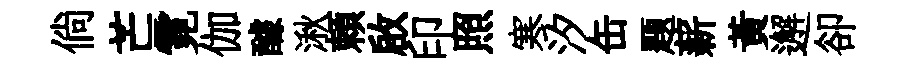
倘芒霓伽醵湫頼啟印照寒汐缶题薪黃邂卻